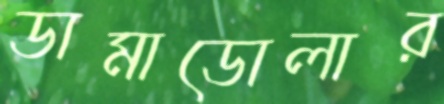
ডামাডোলার